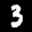
Label: 3